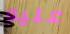
عليه